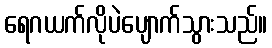
ရေဂယက်လိုပဲပျောက်သွားသည်။